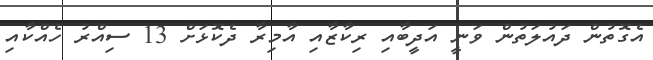
އެގޮތުން ދައުލަތުން ވަނީ އަދީބާއި ރިކާޒާއި އާމިރާ ދެކޮޅަށް 13 ސިއްރު ހެއްކާއި